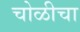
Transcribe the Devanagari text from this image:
चोळीचा